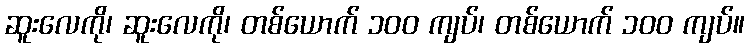
ဆူးလေကို၊ ဆူးလေကို၊ တစ်ယောက် ၁၀၀ ကျပ်၊ တစ်ယောက် ၁၀၀ ကျပ်။